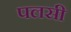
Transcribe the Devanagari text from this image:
पलसी